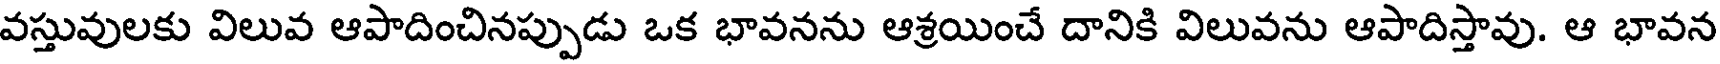
వస్తువులకు విలువ ఆపాదించినప్పుడు ఒక భావనను ఆశ్రయించే దానికి విలువను ఆపాదిస్తావు. ఆ భావన